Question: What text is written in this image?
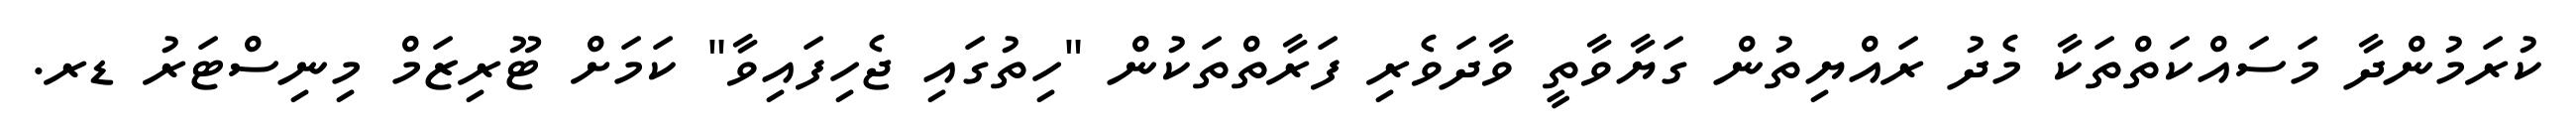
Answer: ކުރަމުންދާ މަސައްކަތްތަކާ މެދު ރައްޔިތުން ގަޔާވާތީ ވާދަވެރި ފަރާތްތަކުން "ހިތުގައި ޖެހިފައިވާ" ކަމަށް ޓޫރިޒަމް މިނިސްޓަރު ޑރ.